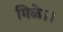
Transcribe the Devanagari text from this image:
मिळे।।